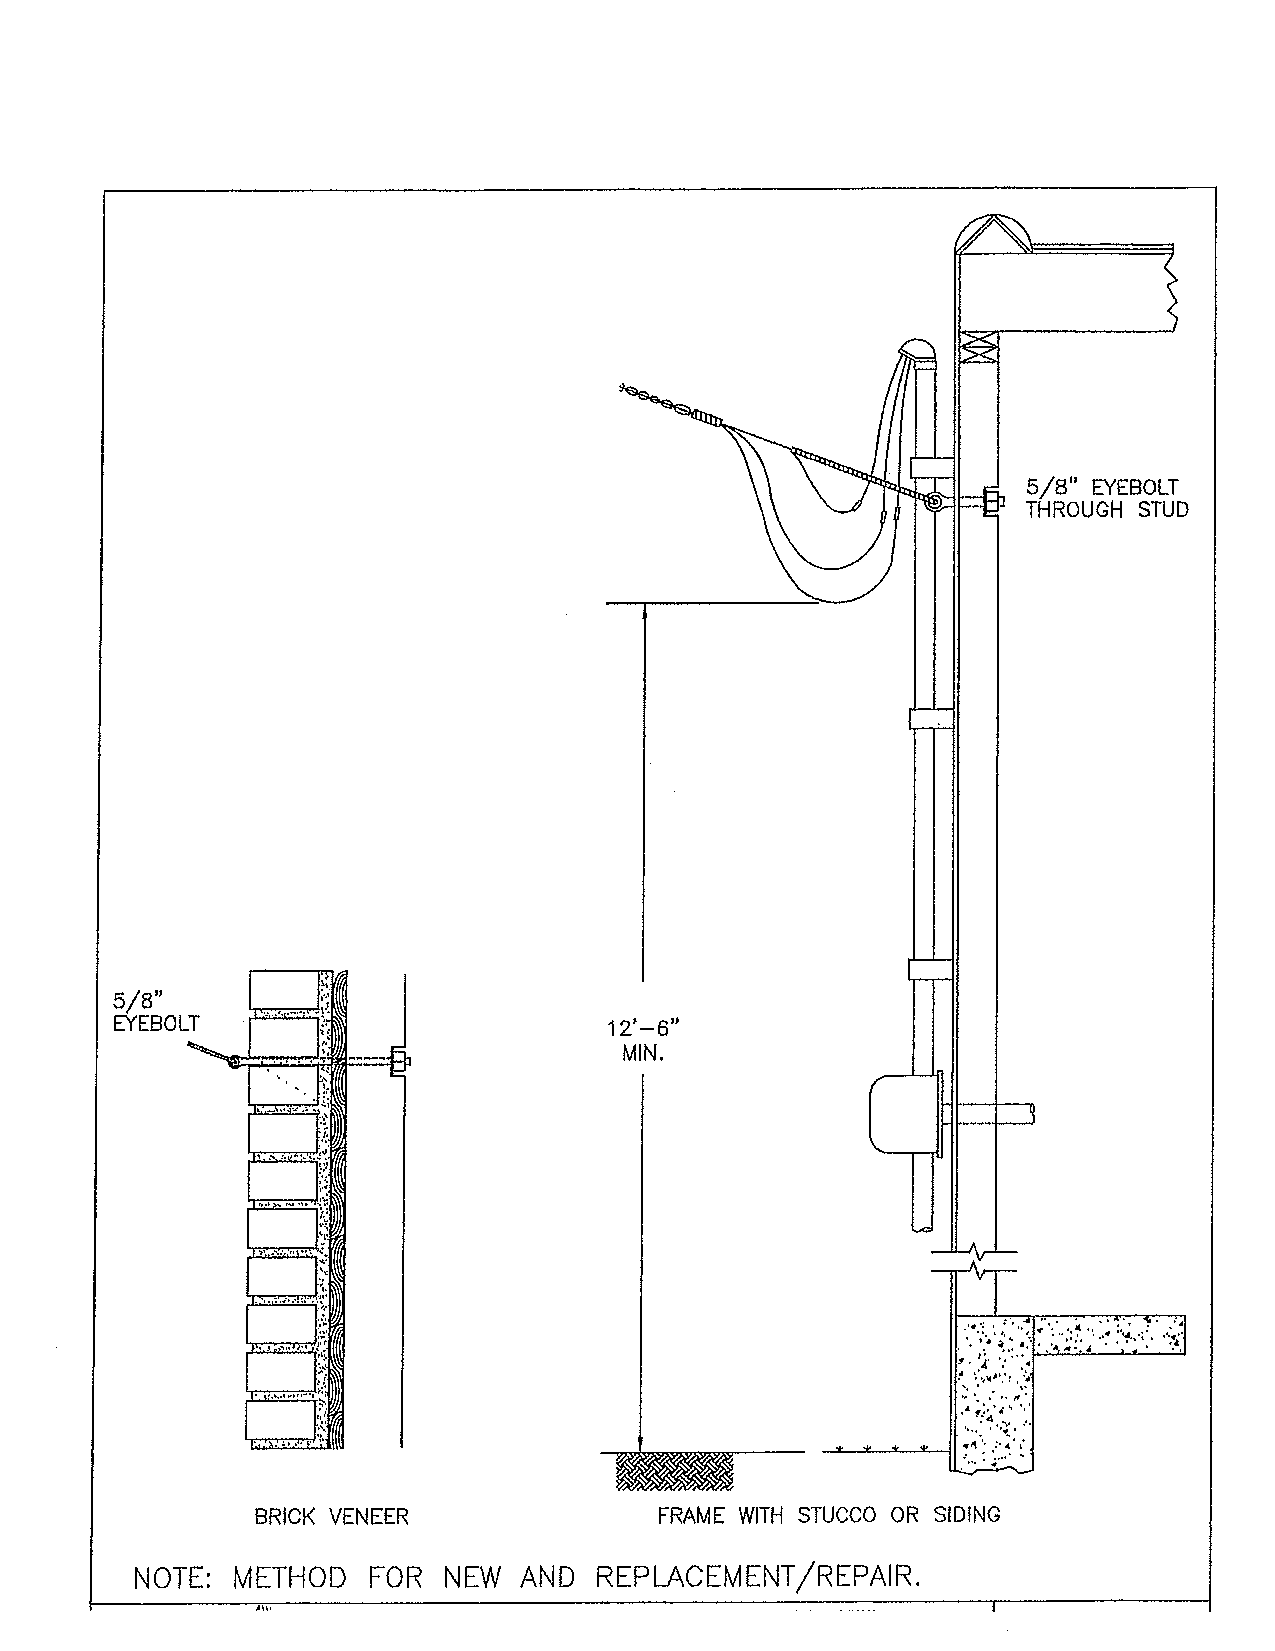
s
 A
 5/8" EYEBOLT
 ^   THROUGH STUD
 If
 5/8"
 EYEBOLT      I                  12'—6"
 MIN.
 r-r
 Sj,                                           3
 n >. i1!. ^
 it
 i.r'y
 "•l' %
 E225E3ZSJV
 VT~"
 iS't A
 •» 3?                                       .. ' -i| . •- -fc.
 i\'                                                     •v/­
 f1-;. |
 -* •
 I                                            £
 •' '•'vO'V! .'•V
 a;)%
 fi-.'V,v
 MMWMM
 BRICK VENEER               FRAME WITH STUCCO OR SIDING
 NOTE: METHOD   FOR  NEW  AND  REPLACEMENT/REPAIR.
 4\\*                                            T